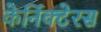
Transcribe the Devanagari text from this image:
केर्निक्टेरस